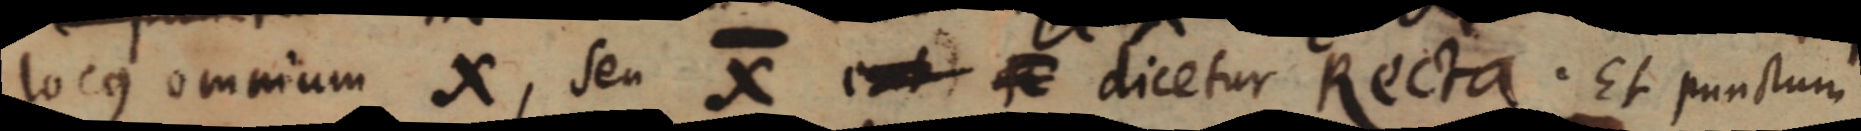
locus omnium X, seu X _ dicetur Recta. Et punctum